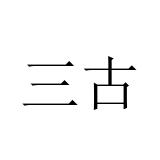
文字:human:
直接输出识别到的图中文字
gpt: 三古